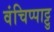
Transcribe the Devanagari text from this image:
वंचिप्पाट्टु